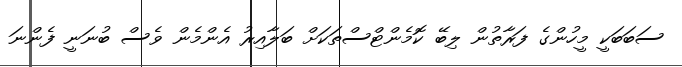
ސަބަބަކީ މީހުންގެ ފަރާތުން ލިބޭ ކޮމެންޓްސްތަކަށް ބަލާއިރު އެންމެން ވެސް ބުނަނީ ފެންނަ